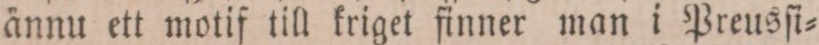
ännu ett motif till kriget finner man i Preusſi=